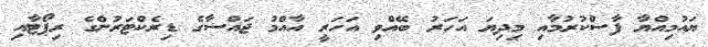
ޔައުމިއްޔާ ފާސްކުރުމާއި މިދިޔަ އަހަރު ބޭއްވި އަހަރީ އާއްމު ޖައްސާގެ ޑިރެކްޓަރުންގެ ރިޕޯޓާއި